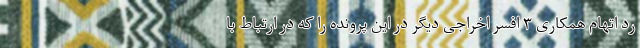
رد اتهام همکاری ۳ افسر اخراجی دیگر در این پرونده را که در ارتباط با